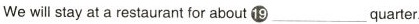
We will stay at a restaurant for about ⑲___quarter.